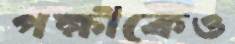
পক্ষীকেও